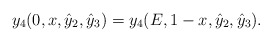
\begin{align*}y_4(0,x,\hat{y}_2,\hat{y}_3)=y_4(E,1-x,\hat{y}_2,\hat{y}_3).\end{align*}